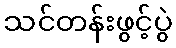
သင်တန်းဖွင့်ပွဲ